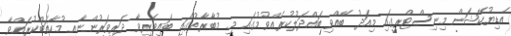
އެޑިޔުކޭޝަން މިނިސްޓްރީގައި މިއަދު ބޭއްވި ބައްދަލުކުރެއްވުމުގައި މި މުބާރާތުގައި ބައިވެރިވާ ދަރިވަރުންނާއި މުހާތަބްކުރައްވާ